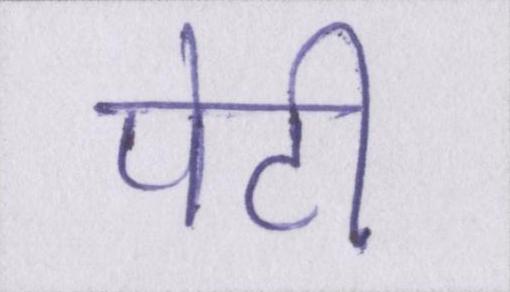
पेटी